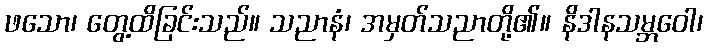
ဖသော၊ တွေ့ထိခြင်းသည်။ သညာနံ၊ အမှတ်သညာတို့၏။ နိဒါနသမ္ဘဝေါ၊